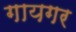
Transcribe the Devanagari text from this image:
गायगर